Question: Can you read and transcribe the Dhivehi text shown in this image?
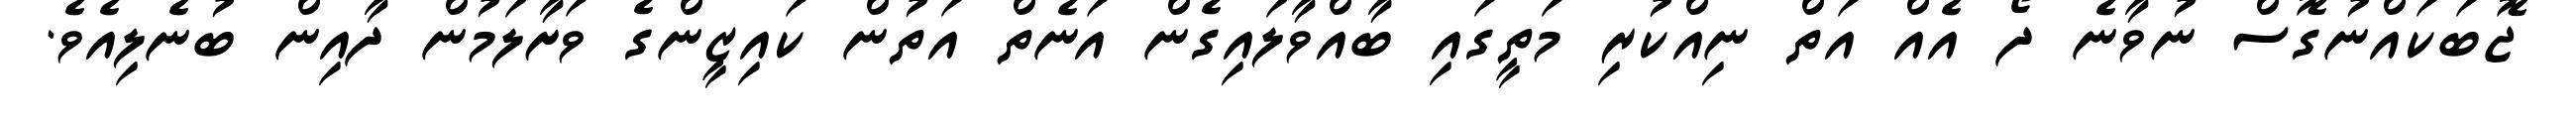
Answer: ޖޮބަކައްނުގޮސް ނުވާނެ ދޯ އެއް އަތް ނިއްކުރި މަތީގައި ބާއްވާލައިގެން އަނެތް އަތުން ކައިޒީންގެ ވަށާލަމުން ދާއިން ބުނެލިއެވެ.